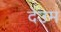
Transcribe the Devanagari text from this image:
देउम